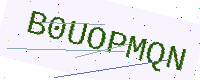
Text: B0UOPMQN